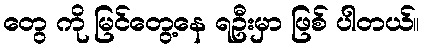
တွေ ကို မြင်တွေ့နေ ရဦးမှာ ဖြစ် ပါတယ်။